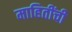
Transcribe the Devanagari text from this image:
माहितींची